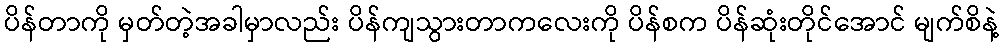
ပိန်တာကို မှတ်တဲ့အခါမှာလည်း ပိန်ကျသွားတာကလေးကို ပိန်စက ပိန်ဆုံးတိုင်အောင် မျက်စိနဲ့